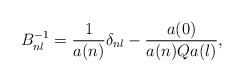
LaTeX: \begin{align*}B^{-1}_{nl}=\frac{1}{a(n)}\delta_{nl}-\frac{a(0)}{a(n)Qa(l)},\end{align*}